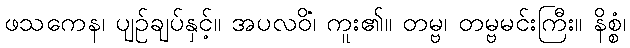
ဖသကေန၊ ပျဉ်ချပ်နှင့်။ အပလဝိံ၊ ကူး၏။ တမ္ဗ၊ တမ္ဗမင်းကြီး။ နိစ္စံ၊